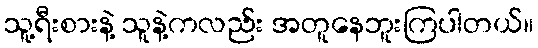
သူ့ရီးစားနဲ့ သူနဲ့ကလည်း အတူနေဘူးကြပါတယ်။